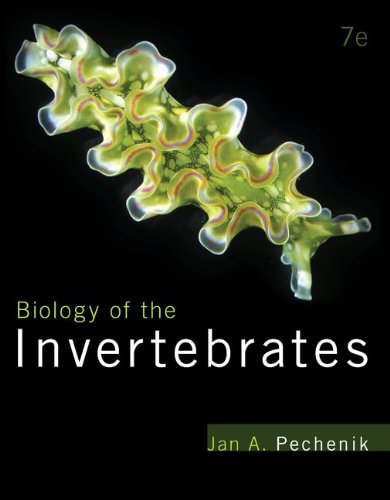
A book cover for Biology of the Invertebrates; Jan Pechenik; Science & Math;